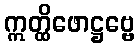
ဣတ္ထိဖောဋ္ဌဗ္ဗေ